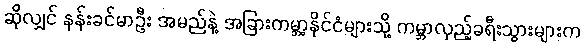
ဆိုလျှင် နန်းခင်မာဦး အမည်နဲ့ အခြားကမ္ဘာ့နိုင်ငံများသို့ ကမ္ဘာလှည့်ခရီးသွားများက